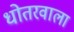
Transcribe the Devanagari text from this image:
धोतरवाला